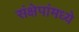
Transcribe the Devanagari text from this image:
संक्षेपांमध्ये